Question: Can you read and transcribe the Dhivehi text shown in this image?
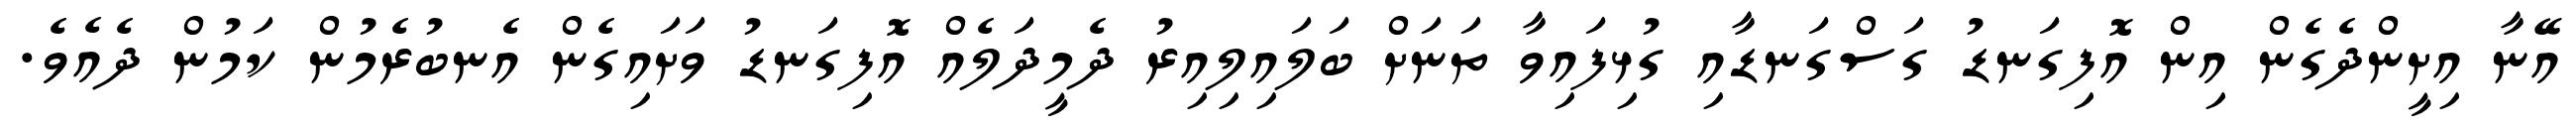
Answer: އޭނާ އިށީންދެގެން އިން އޮފިގަނޑު ގަސްގަނޑާއި ގުޅިފައިވާ ތަނަށް ބަލައިލިއިރު ދެމީދަލެއް އޮފިގަނޑު ވަށައިގެން އެނބުރެމުން ކަމުން ދެއެވެ.